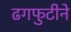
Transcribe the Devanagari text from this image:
ढगफुटीने